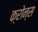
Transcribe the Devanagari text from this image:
क्रोन्स